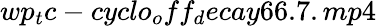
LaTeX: wp_{t}c-cyclo_{o}ff_{d}ecay66.7.mp4